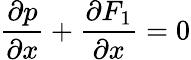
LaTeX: \frac{\partial p}{\partial x}+\frac{\partial F_{1}}{\partial x}=0